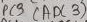
Text: PC3 (ADC3)